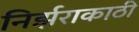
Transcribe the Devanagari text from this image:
निर्झराकाठी